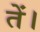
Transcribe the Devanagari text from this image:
तें।